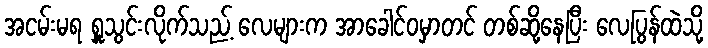
အငမ်းမရ ရှူသွင်းလိုက်သည့် လေများက အာခေါင်ဝမှာတင် တစ်ဆို့နေပြီး လေပြွန်ထဲသို့